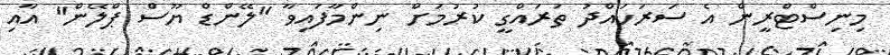
މިނިސްޓްރީން އެ ސަރަހައްދު ތަރައްގީ ކުރުމަށް ނިންމާފައިވާ "ލޭންޑް ޔޫސް ޕްލޭން" އާއި